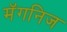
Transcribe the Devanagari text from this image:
मॅगनिज